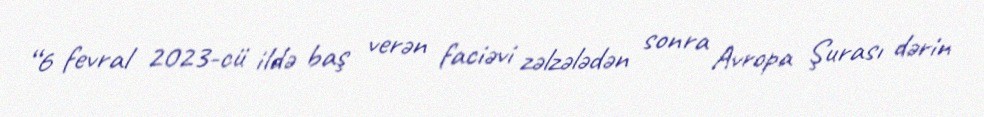
“6 fevral 2023-cü ildə baş verən faciəvi zəlzələdən sonra Avropa Şurası dərin